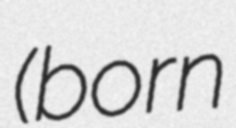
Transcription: (born